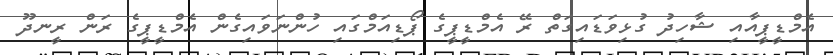
އެމްޑީޕީއާއި ޝާހިދު ގުޅިވަޑައިގަތް ރޭ އެމްޑީޕީގެ ޕޯޑިއަމްގައި ހުންނަވައިގެން އެމްޑީޕީގެ ރަން ރީނދޫ